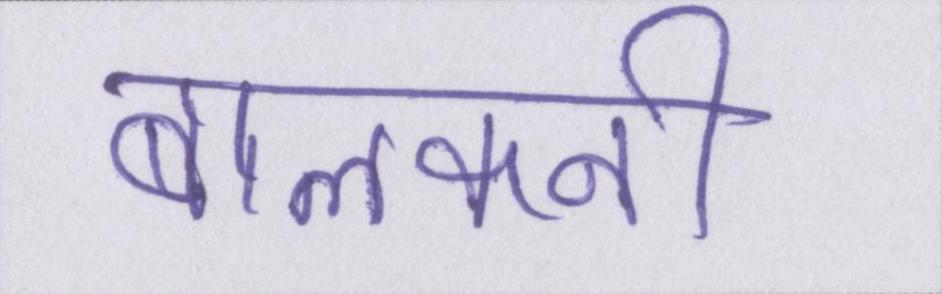
बालकनी